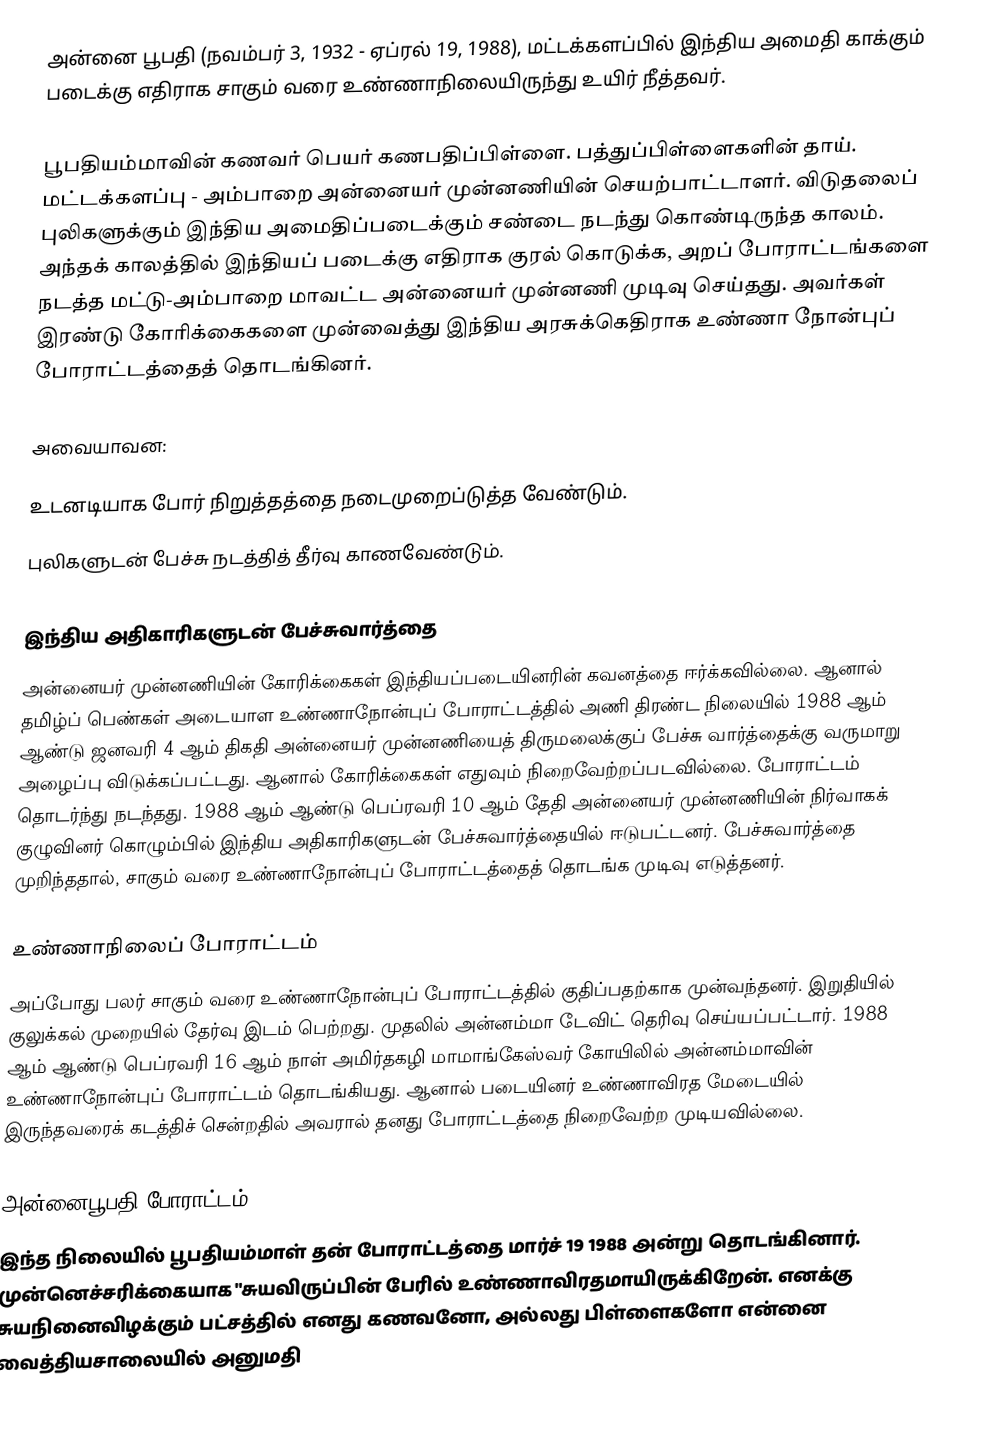
அன்னை பூபதி (நவம்பர் 3, 1932 - ஏப்ரல் 19, 1988), மட்டக்களப்பில் இந்திய அமைதி காக்கும் படைக்கு எதிராக சாகும் வரை உண்ணாநிலையிருந்து உயிர் நீத்தவர்.

பூபதியம்மாவின் கணவர் பெயர் கணபதிப்பிள்ளை. பத்துப்பிள்ளைகளின் தாய். மட்டக்களப்பு - அம்பாறை அன்னையர் முன்னணியின் செயற்பாட்டாளர். விடுதலைப் புலிகளுக்கும் இந்திய அமைதிப்படைக்கும் சண்டை நடந்து கொண்டிருந்த காலம். அந்தக் காலத்தில் இந்தியப் படைக்கு எதிராக குரல் கொடுக்க, அறப் போராட்டங்களை நடத்த மட்டு-அம்பாறை மாவட்ட அன்னையர் முன்னணி முடிவு செய்தது. அவர்கள் இரண்டு கோரிக்கைகளை முன்வைத்து இந்திய அரசுக்கெதிராக உண்ணா நோன்புப் போராட்டத்தைத் தொடங்கினர்.

அவையாவன:

உடனடியாக போர் நிறுத்தத்தை நடைமுறைப்டுத்த வேண்டும்.
புலிகளுடன் பேச்சு நடத்தித் தீர்வு காணவேண்டும்.

இந்திய அதிகாரிகளுடன் பேச்சுவார்த்தை
அன்னையர் முன்னணியின் கோரிக்கைகள் இந்தியப்படையினரின் கவனத்தை ஈர்க்கவில்லை. ஆனால் தமிழ்ப் பெண்கள் அடையாள உண்ணாநோன்புப் போராட்டத்தில் அணி திரண்ட நிலையில் 1988 ஆம் ஆண்டு ஜனவரி 4 ஆம் திகதி அன்னையர் முன்னணியைத் திருமலைக்குப் பேச்சு வார்த்தைக்கு வருமாறு அழைப்பு விடுக்கப்பட்டது. ஆனால் கோரிக்கைகள் எதுவும் நிறைவேற்றப்படவில்லை. போராட்டம் தொடர்ந்து நடந்தது. 1988 ஆம் ஆண்டு பெப்ரவரி 10 ஆம் தேதி அன்னையர் முன்னணியின் நிர்வாகக் குழுவினர் கொழும்பில் இந்திய அதிகாரிகளுடன் பேச்சுவார்த்தையில் ஈடுபட்டனர். பேச்சுவார்த்தை முறிந்ததால், சாகும் வரை உண்ணாநோன்புப் போராட்டத்தைத் தொடங்க முடிவு எடுத்தனர்.

உண்ணாநிலைப் போராட்டம்
அப்போது பலர் சாகும் வரை உண்ணாநோன்புப் போராட்டத்தில் குதிப்பதற்காக முன்வந்தனர். இறுதியில் குலுக்கல் முறையில் தேர்வு இடம் பெற்றது. முதலில் அன்னம்மா டேவிட் தெரிவு செய்யப்பட்டார். 1988 ஆம் ஆண்டு பெப்ரவரி 16 ஆம் நாள் அமிர்தகழி மாமாங்கேஸ்வர் கோயிலில் அன்னம்மாவின் உண்ணாநோன்புப் போராட்டம் தொடங்கியது. ஆனால் படையினர் உண்ணாவிரத மேடையில் இருந்தவரைக் கடத்திச் சென்றதில் அவரால் தனது போராட்டத்தை நிறைவேற்ற முடியவில்லை.

அன்னைபூபதி போராட்டம்
இந்த நிலையில் பூபதியம்மாள் தன் போராட்டத்தை மார்ச் 19 1988 அன்று தொடங்கினார். முன்னெச்சரிக்கையாக "சுயவிருப்பின் பேரில் உண்ணாவிரதமாயிருக்கிறேன். எனக்கு சுயநினைவிழக்கும் பட்சத்தில் எனது கணவனோ, அல்லது பிள்ளைகளோ என்னை வைத்தியசாலையில் அனுமதி